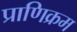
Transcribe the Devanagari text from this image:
प्राणिक्रम